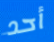
أحد